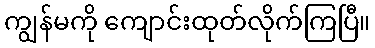
ကျွန်မကို ကျောင်းထုတ်လိုက်ကြပြီ။